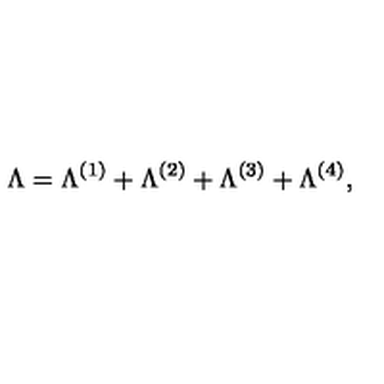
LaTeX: \Lambda = \Lambda ^ { ( 1 ) } + \Lambda ^ { ( 2 ) } + \Lambda ^ { ( 3 ) } + \Lambda ^ { ( 4 ) } ,